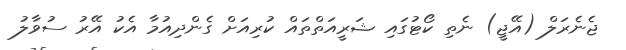
ޖެނެރަލް (އޭޖީ) ނެތި ކޯޓުގައި ޝަރީއަތްތައް ކުރިއަށް ގެންދިއުމާ އެކު އޭރު ސުވާލު